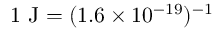
1 ~ \mathrm { J } = ( 1 . 6 \times 1 0 ^ { - 1 9 } ) ^ { - 1 }